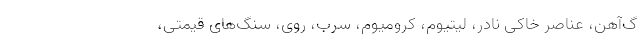
گ‌آهن، عناصر خاکی نادر، لیتیوم، کرومیوم، سرب، روی، سنگ‌های قیمتی،